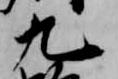
九